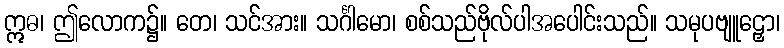
ဣဓ၊ ဤလောက၌။ တေ၊ သင်အား။ သင်္ဂါမော၊ စစ်သည်ဗိုလ်ပါအပေါင်းသည်။ သမုပဗျူဠှော၊